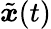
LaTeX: \tilde{{\boldsymbol{x}}}(t)